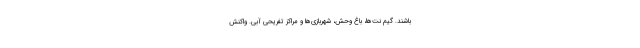
باشند. گیم نت‌ها، باغ وحش‌، شهربازی‌ها و مراکز تفریحی آبی. واکنش